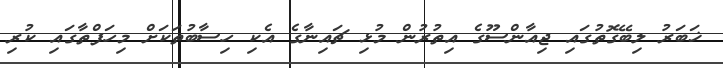
ޚަބަރު ލިބޭގޮތުގައި ޖިއާންސޫގެ އިތުރުން މުޅި ޗައިނާގެ އެކި ހިސާބުތަކަށް މިހަފްތާގައި ކުރި